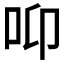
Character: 𱒌